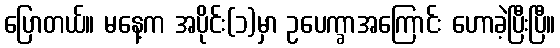
ပြောတယ်။ မနေ့က အပိုင်း(၁)မှာ ဥပေက္ခာအကြောင်း ဟောခဲ့ပြီးပြီ။